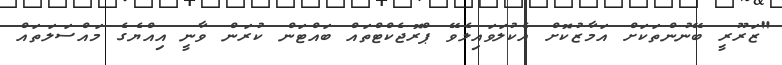
"ޒަރޫރީ ބޭނުންތަކަށް އަމާޒުކޮށް އެކުލަވައިލެވޭ ޕްރޮޖެކްޓްތައް ބައްޓަން ކުރަން ވާނީ އިއްޔެގެ މައްސަލަތައް